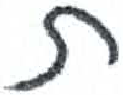
אות: ת